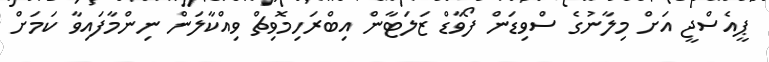
ޕީއެސްޖީ އަށް މިލާނުގެ ސްވިޑަން ފޯވާޑް ޒަލަޓާން އިބްރަހިމޮވިޗް ވިއްކާލަން ނިންމާފައިވާ ކަމަށް